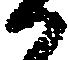
か